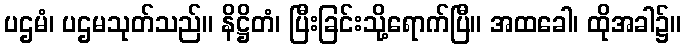
ပဌမံ၊ ပဌမသုတ်သည်။ နိဋ္ဌိတံ၊ ပြီးခြင်းသို့ရောက်ပြီ။ အထခေါ၊ ထိုအခါ၌။